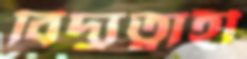
বিদ্যুত্বাহী